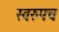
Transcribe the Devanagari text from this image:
स्वरुपच